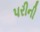
પરીની